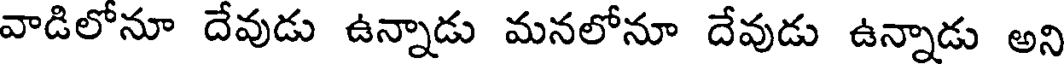
వాడిలోనూ దేవుడు ఉన్నాడు మనలోనూ దేవుడు ఉన్నాడు అని